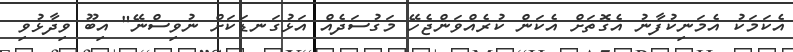
އެކަމަކު އެމަނިކުފާނު އެގޮތަށް އެކަން ކުރެއްވަންޖެހޭ މަގުސަދެއް އަޅުގަނޑަކަށް ނުވިސްނޭ" އިބޫ ވިދާޅުވި